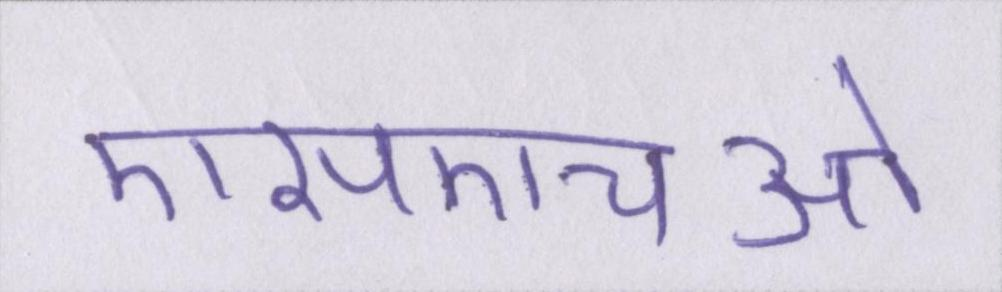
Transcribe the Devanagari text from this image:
एसएचओ